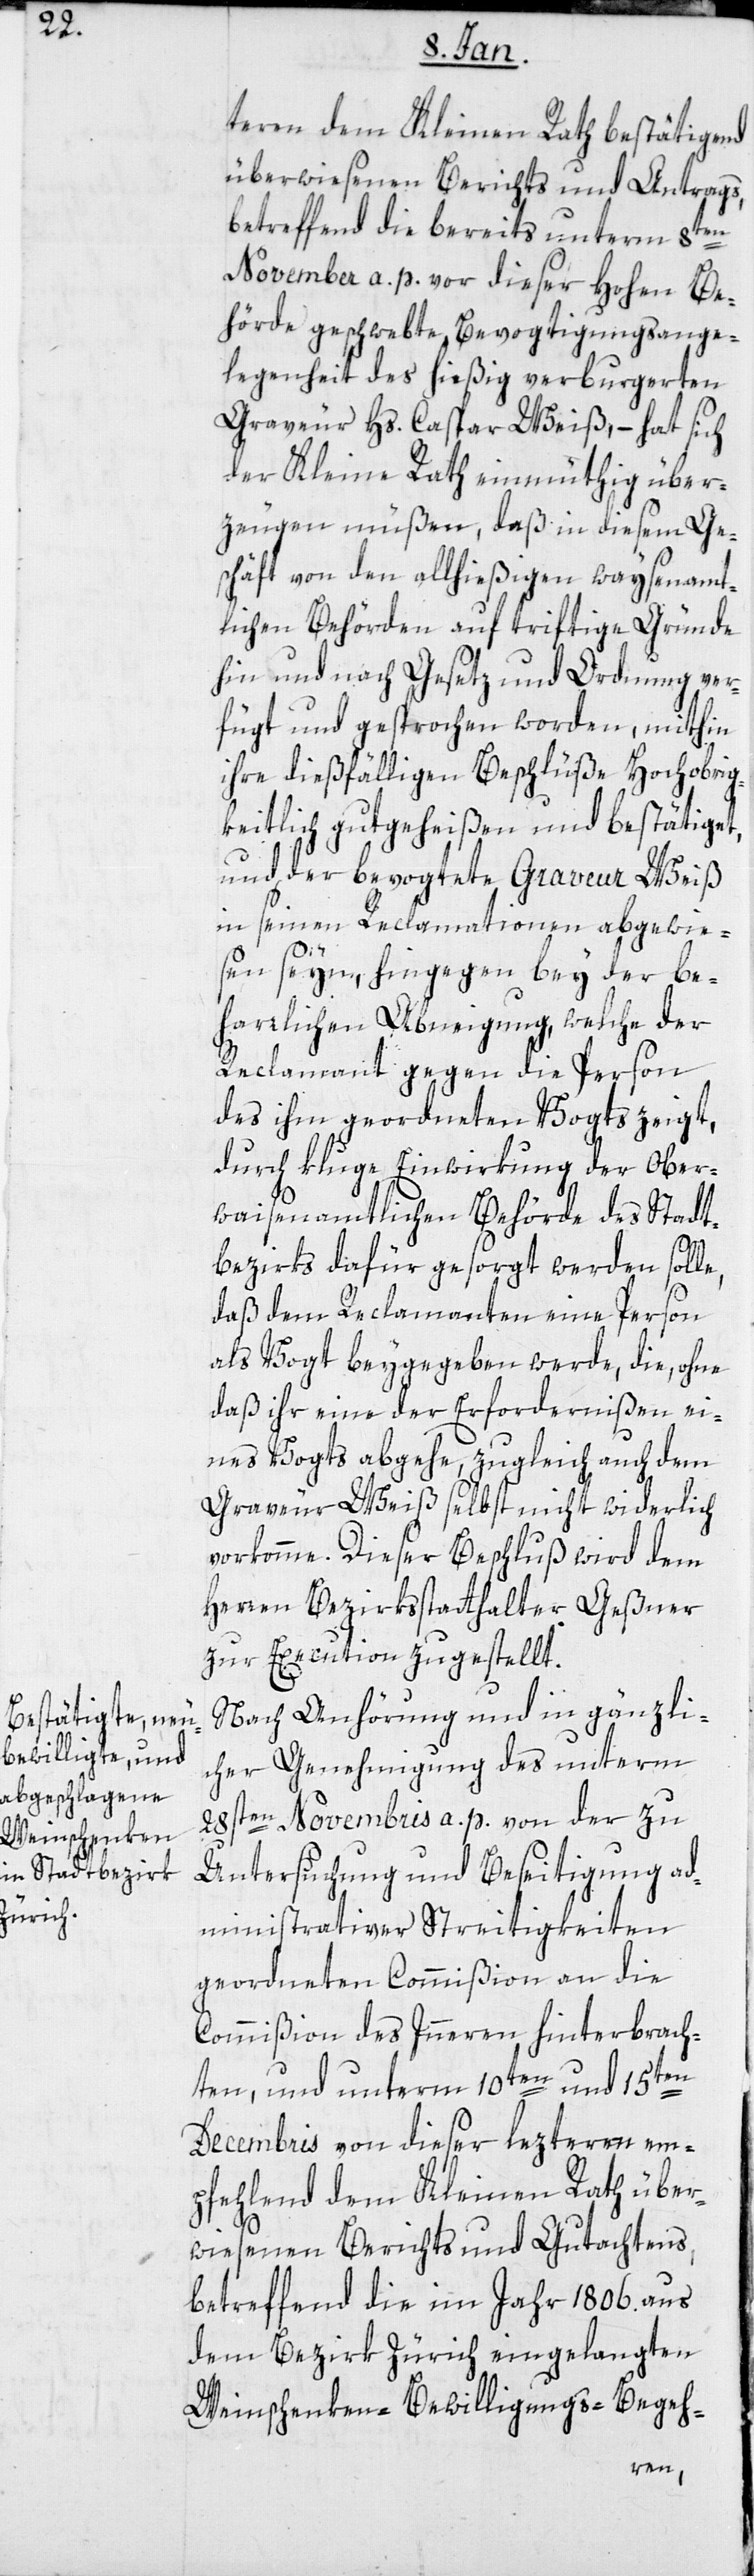
teren dem Kleinen Rath bestätigend
überwiesenen Berichts und Antrags,
betreffend die bereits unterm 8ten
November a. p. vor dieser hohen Be¬
hörde geschwebte, Bevogtigungsange¬
legenheit des hießig verburgerten
Graveur Hs. Caspar Weiss, – hat sich
der Kleine Rath einmüthig über¬
zeugen müßen, daß in diesem Ge¬
schäft von den allhießigen waysenamt¬
lichen Behörden auf triftige Gründe
hin und nach Gesetz und Ordnung ver¬
fügt und gesprochen worden, mithin
ihre dießfälligen Beschlüße Hochobrig¬
keitlich gutgeheißen und bestätiget,
und der bevogtete Graveur Weiß
in seinen Reclamationen abgewie¬
sen seyn, hingegen bei der be¬
harrlichen Abneigung, welche der
Reclamant gegen die Person
des ihm geordneten Vogts zeigt,
durch kluge Einwirkung der Ober¬
waisenamtlichen Behörde des Stadt¬
bezirks dafür gesorgt werden solle,
daß dem Reclamanten eine Person
als Vogt beygegeben werde, die, ohne
daß ihr eine der Erfordernißen ei¬
nes Vogts abgehe, zugleich auch dem
Graveur Weiß selbst nicht widerlich
vorkomme. Dieser Beschluß wird dem
Herren Bezirksstatthalter Geßner
zur Execution zugstellt.
Nach Anhörung und in gänzli¬
cher Genehmigung des unterm
28sten Novembris a. p. von der zu
Untersuchung und Beseitigung ad¬
ministrativer Streitigkeiten
geordneten Commißion an die
Commißion des Innern, hinterbrach¬
ten, und unterm 10ten und 15ten
Decembris von dieser letzteren em¬
pfehlend dem Kleinen Rath über¬
wiesenen Berichts und Gutachtens,
betreffend die im Jahr 1806. aus
dem Bezirk Zürich eingelangten
Weinschenken-Bewilligungsbegeh-